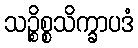
သဉ္စိစ္စသိက္ခာပဒံ